画像に写った文字を読んでください
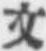
「文」と書いてあります